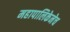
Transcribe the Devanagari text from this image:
महापालिकेनेच